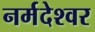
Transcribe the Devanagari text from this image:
नर्मदेश्‍वर